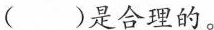
( )是合理的。